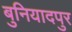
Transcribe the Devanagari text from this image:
बुनियादपुर